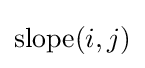
\operatorname {slope} (i,j)